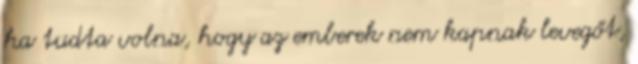
ha tudta volna, hogy az emberek nem kapnak levegőt,